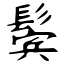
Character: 鬓